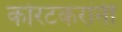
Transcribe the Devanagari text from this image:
कोरटकरांनी